Laidoner,_Johan, lk 91
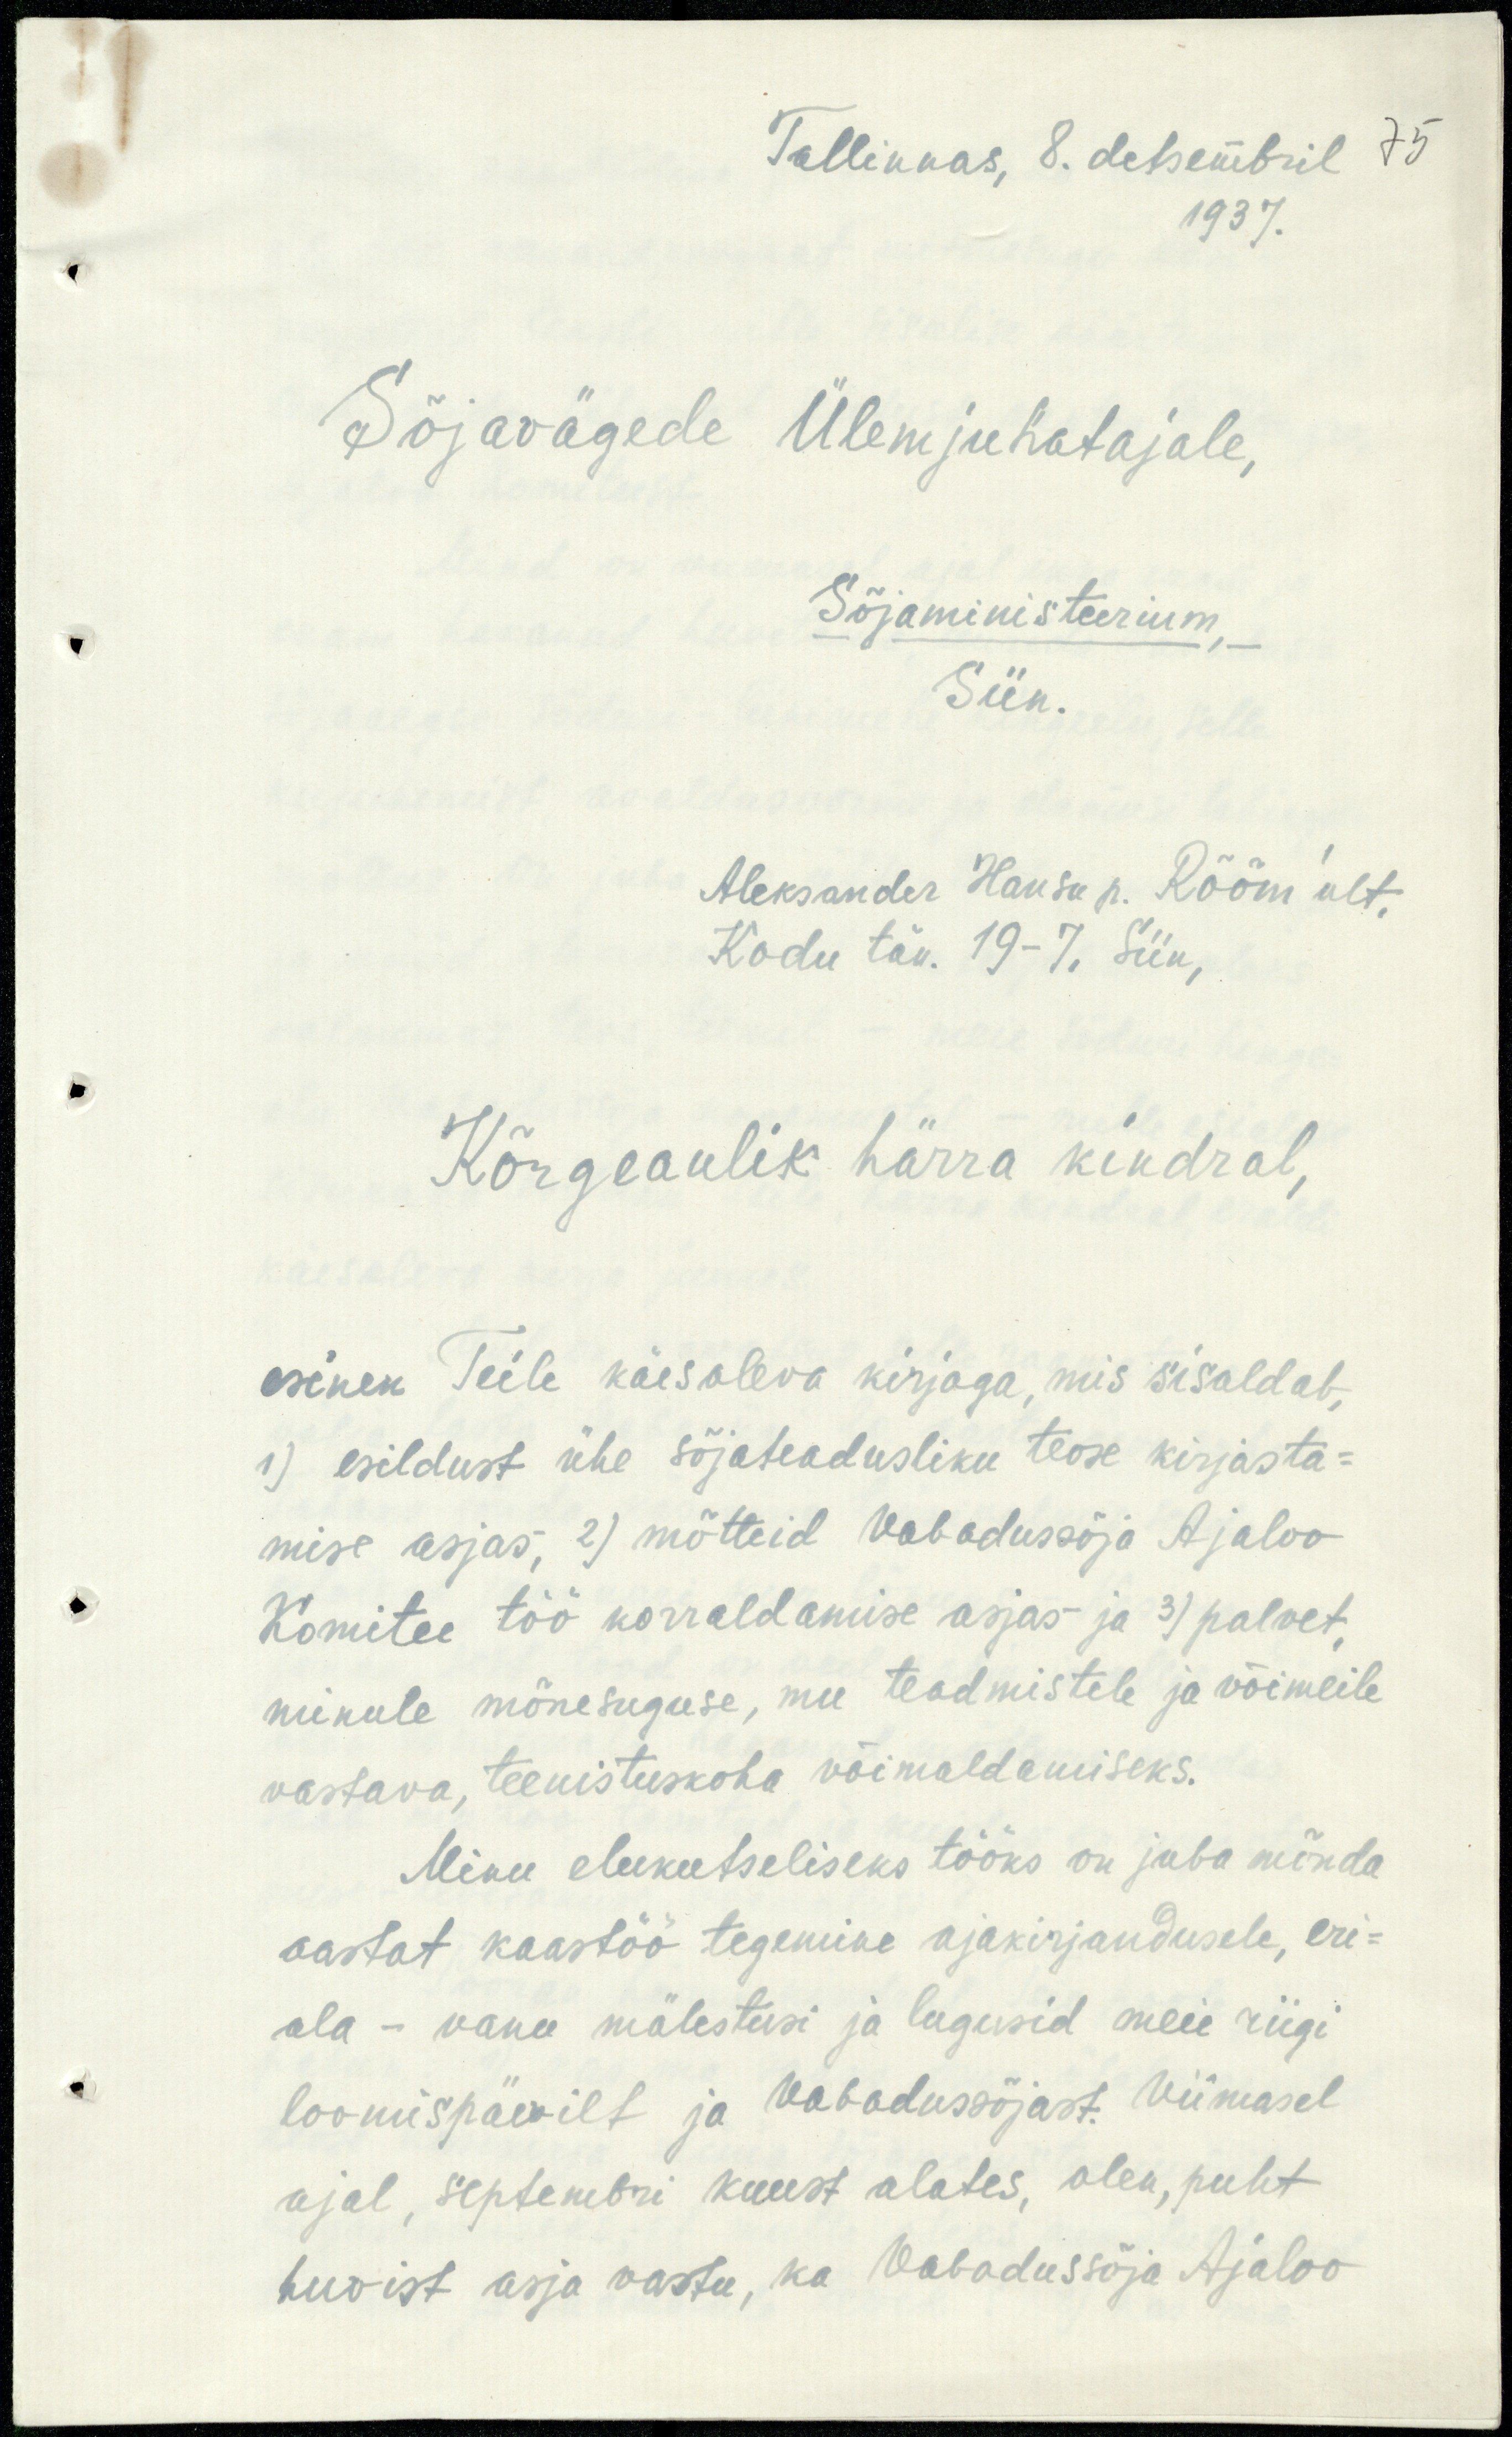
Tallinnas, 8. detsembril 75
1937.
Sõjavägede Ülemjuhatajale,
Sõjaministeerium,
Siin.
Aleksander Hansu p. Rõõm`ult.
Kodu tän. 19-7. Siin,
Kõrgeaulik härra kindral,
esinen Teile käesoleva kirjaga, mis sisaldab,
1) esildust ühe sõjateadusliku teose kirjasta-
mise asjas, 2) mõtteid Vabadussõja Ajaloo
Komitee töö korraldamise asjas ja 3) palvet,
minule mõnesuguse, mu teadmistele ja võimeile
vastava, teenistuskoha võimaldamiseks.
Minu elukutseliseks tööks on juba mõnda
aastat kaastöö tegemine ajakirjandusele, eri-
ala - vanu mälestusi ja lugusid meie riigi
loomispäevilt ja Vabadussõjast. Viimasel
ajal, septembri kuust alates, olen, puht
huvist asja vastu, ka Vabadussõja Ajaloo